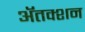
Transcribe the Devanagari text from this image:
ॲतक्शन